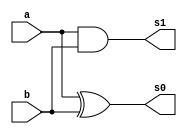
// -------------------------
// Exemplo_0801 - FULL ADDER
// Nome: Frederico Malaquias
// -------------------------
// -------------------------
// half adder
// -------------------------
module halfAdder (output s1,
 output s0, 
 input a, 
 input b);
// descrever por portas
xor XOR1 ( s0, a, b );
and AND1 ( s1, a, b );
endmodule // halfAdder

 module test;

    reg [4:0] x ;
    reg [4:0] y;
    wire resultado;

    test EC0
    (resultado,
     x, y);

    // ------------------------- parte principal
    initial begin
        $display("Exemplo_0803 - Frederico Malaquias - 747544");
        $display("Test ALU's equality comparator");

        
        $monitor("f(%5b, %5b) = %b", x, y, resultado);
        // $monitor("f(%4b, %4b) = %b", x);
        x = 5'b00000; y = 5'b00000;
        #1 x = 5'b00001; y = 5'b00000;
        #1 x = 5'b00001; y = 5'b00001;
        #1 x = 5'b00001; y = 5'b00100;
        #1 x = 5'b10101; y = 5'b10100;
        #1 x = 5'b11100; y = 5'b00011;
        #1 x = 5'b01100; y = 5'b01100;
// initial begin

//  $display("Test ALUs full adder");
//  $monitor("%4b \n %4b\n+%4b\n-----\n%5b\n", carry, x, y, soma);
//         x = 4'b0000; y = 4'b0000;
//         #1 x = 4'b0001; y = 4'b0000;
//         #1 x = 4'b0001; y = 4'b0001;
//         #1 x = 4'b0001; y = 4'b0100;
//         #1 x = 4'b0101; y = 4'b0100;
//         #1 x = 4'b1100; y = 4'b0011;
//         #1 x = 4'b1100; y = 4'b0100;


end
endmodule // test_fullAdder